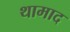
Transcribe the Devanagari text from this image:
थामाद